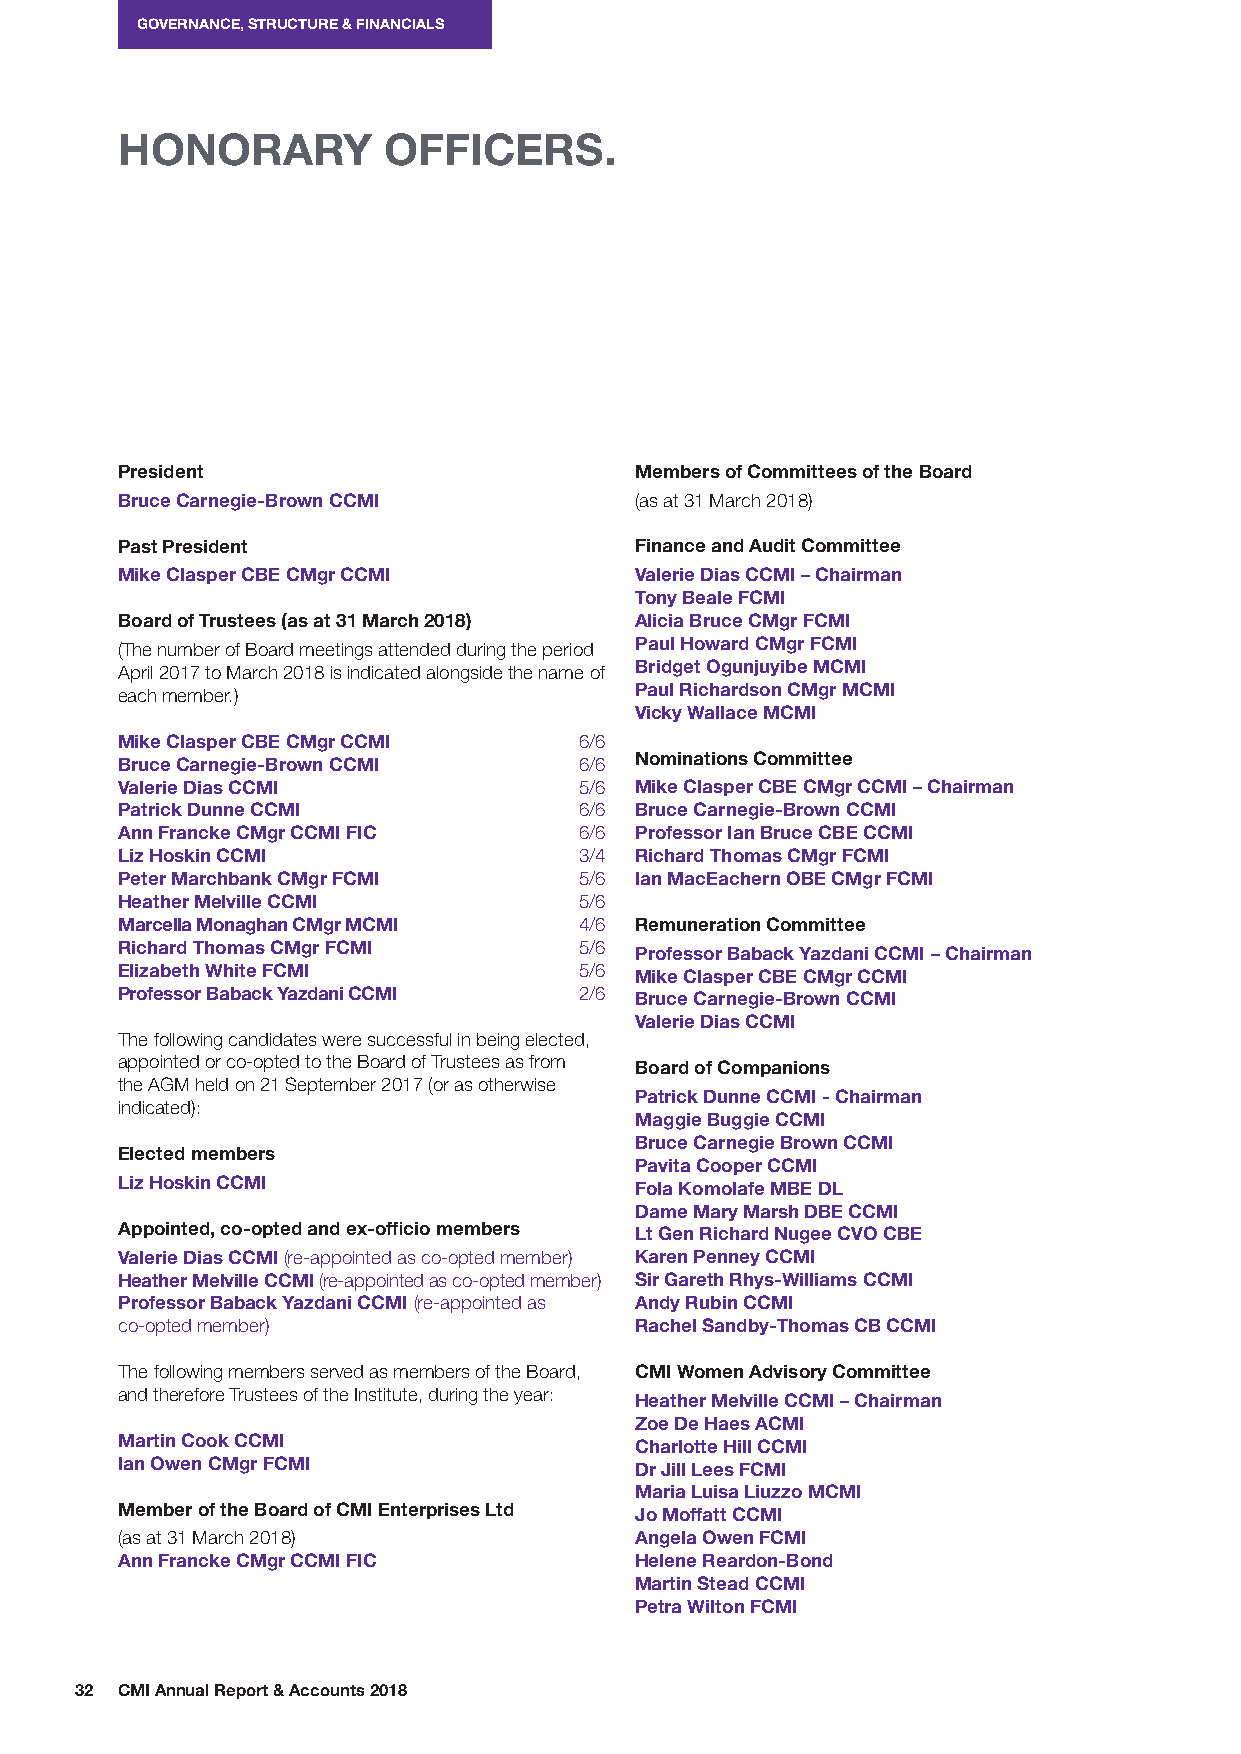
GOVERNANCE, STRUCTURE & FINANCIALS
 HONORARY         OFFICERS.
 President                         Members of Committees of the Board
 Bruce Carnegie-Brown CCMI         (as at 31 March 2018)
 Past President                    Finance and Audit Committee
 Mike Clasper CBE CMgr CCMI        Valerie Dias CCMI – Chairman
 Tony Beale FCMI
 Board of Trustees (as at 31 March 2018) Alicia Bruce CMgr FCMI
 (The number of Board meetings attended during the period Paul Howard CMgr FCMI
 April 2017 to March 2018 is indicated alongside the name of Bridget Ogunjuyibe MCMI
 each member.)                     Paul Richardson CMgr MCMI
 Vicky Wallace MCMI
 Mike Clasper CBE CMgr CCMI    6/6
 Bruce Carnegie-Brown CCMI     6/6 Nominations Committee
 Valerie Dias CCMI             5/6 Mike Clasper CBE CMgr CCMI – Chairman
 Patrick Dunne CCMI            6/6 Bruce Carnegie-Brown CCMI
 Ann Francke CMgr CCMI FIC     6/6 Professor Ian Bruce CBE CCMI
 Liz Hoskin CCMI               3/4 Richard Thomas CMgr FCMI
 Peter Marchbank CMgr FCMI     5/6 Ian MacEachern OBE CMgr FCMI
 Heather Melville CCMI         5/6
 Marcella Monaghan CMgr MCMI   4/6 Remuneration Committee
 Richard Thomas CMgr FCMI      5/6 Professor Baback Yazdani CCMI – Chairman
 Elizabeth White FCMI          5/6 Mike Clasper CBE CMgr CCMI
 Professor Baback Yazdani CCMI 2/6 Bruce Carnegie-Brown CCMI
 Valerie Dias CCMI
 The following candidates were successful in being elected,
 appointed or co-opted to the Board of Trustees as from Board of Companions
 the AGM held on 21 September 2017 (or as otherwise
 Patrick Dunne CCMI - Chairman
 indicated):
 Maggie Buggie CCMI
 Bruce Carnegie Brown CCMI
 Elected members
 Pavita Cooper CCMI
 Liz Hoskin CCMI                   Fola Komolafe MBE DL
 Dame Mary Marsh DBE CCMI
 Appointed, co-opted and ex-officio members Lt Gen Richard Nugee CVO CBE
 Valerie Dias CCMI (re-appointed as co-opted member) Karen Penney CCMI
 Heather Melville CCMI (re-appointed as co-opted member) Sir Gareth Rhys-Williams CCMI
 Professor Baback Yazdani CCMI (re-appointed as Andy Rubin CCMI
 co-opted member)                  Rachel Sandby-Thomas CB CCMI
 The following members served as members of the Board, CMI Women Advisory Committee
 and therefore Trustees of the Institute, during the year: Heather Melville CCMI – Chairman
 Zoe De Haes ACMI
 Martin Cook CCMI                  Charlotte Hill CCMI
 Ian Owen CMgr FCMI                Dr Jill Lees FCMI
 Maria Luisa Liuzzo MCMI
 Member of the Board of CMI Enterprises Ltd Jo Moffatt CCMI
 (as at 31 March 2018)             Angela Owen FCMI
 Ann Francke CMgr CCMI FIC         Helene Reardon-Bond
 Martin Stead CCMI
 Petra Wilton FCMI
 32 CMI Annual Report & Accounts 2018